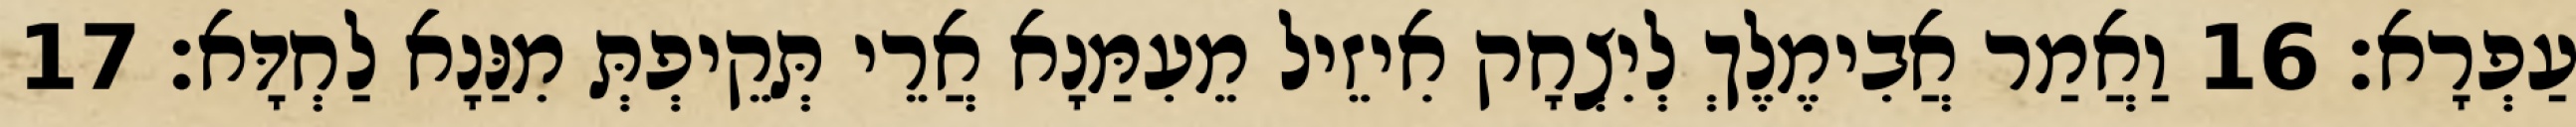
עַפְרָא׃ 16 וַאֲמַר אֲבִימֶלֶךְ לְיִצְחָק אִיזֵיל מֵעִמַּנָא אֲרֵי תְּקֵיפְתְּ מִנַּנָא לַחְדָּא׃ 17